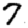
Digit: 7